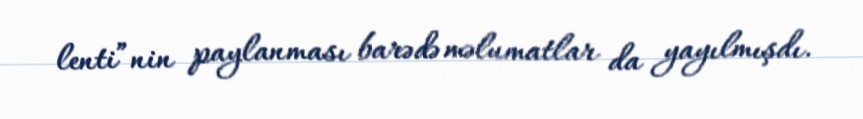
lenti”nin paylanması barədə məlumatlar da yayılmışdı.